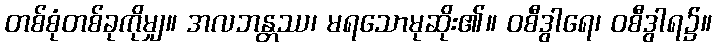
တစ်စုံတစ်ခုကိုမျှ။ အလဘန္တဿ၊ မရသောမုဆိုး၏။ ဝစီဒွါရေ၊ ဝစီဒွါရ၌။